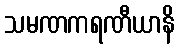
သမဏကရဏီယာနိ